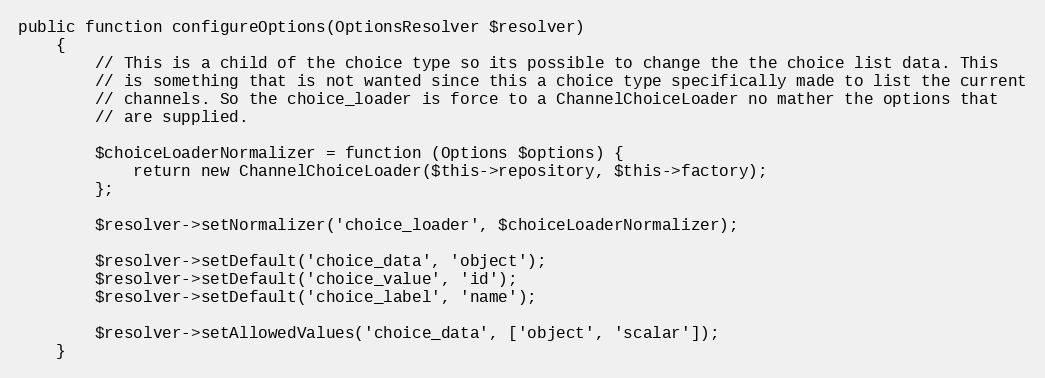
Language: PHP
public function configureOptions(OptionsResolver $resolver)
    {
        // This is a child of the choice type so its possible to change the the choice list data. This
        // is something that is not wanted since this a choice type specifically made to list the current
        // channels. So the choice_loader is force to a ChannelChoiceLoader no mather the options that
        // are supplied.

        $choiceLoaderNormalizer = function (Options $options) {
            return new ChannelChoiceLoader($this->repository, $this->factory);
        };

        $resolver->setNormalizer('choice_loader', $choiceLoaderNormalizer);

        $resolver->setDefault('choice_data', 'object');
        $resolver->setDefault('choice_value', 'id');
        $resolver->setDefault('choice_label', 'name');

        $resolver->setAllowedValues('choice_data', ['object', 'scalar']);
    }